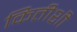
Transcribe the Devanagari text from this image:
कितीशी